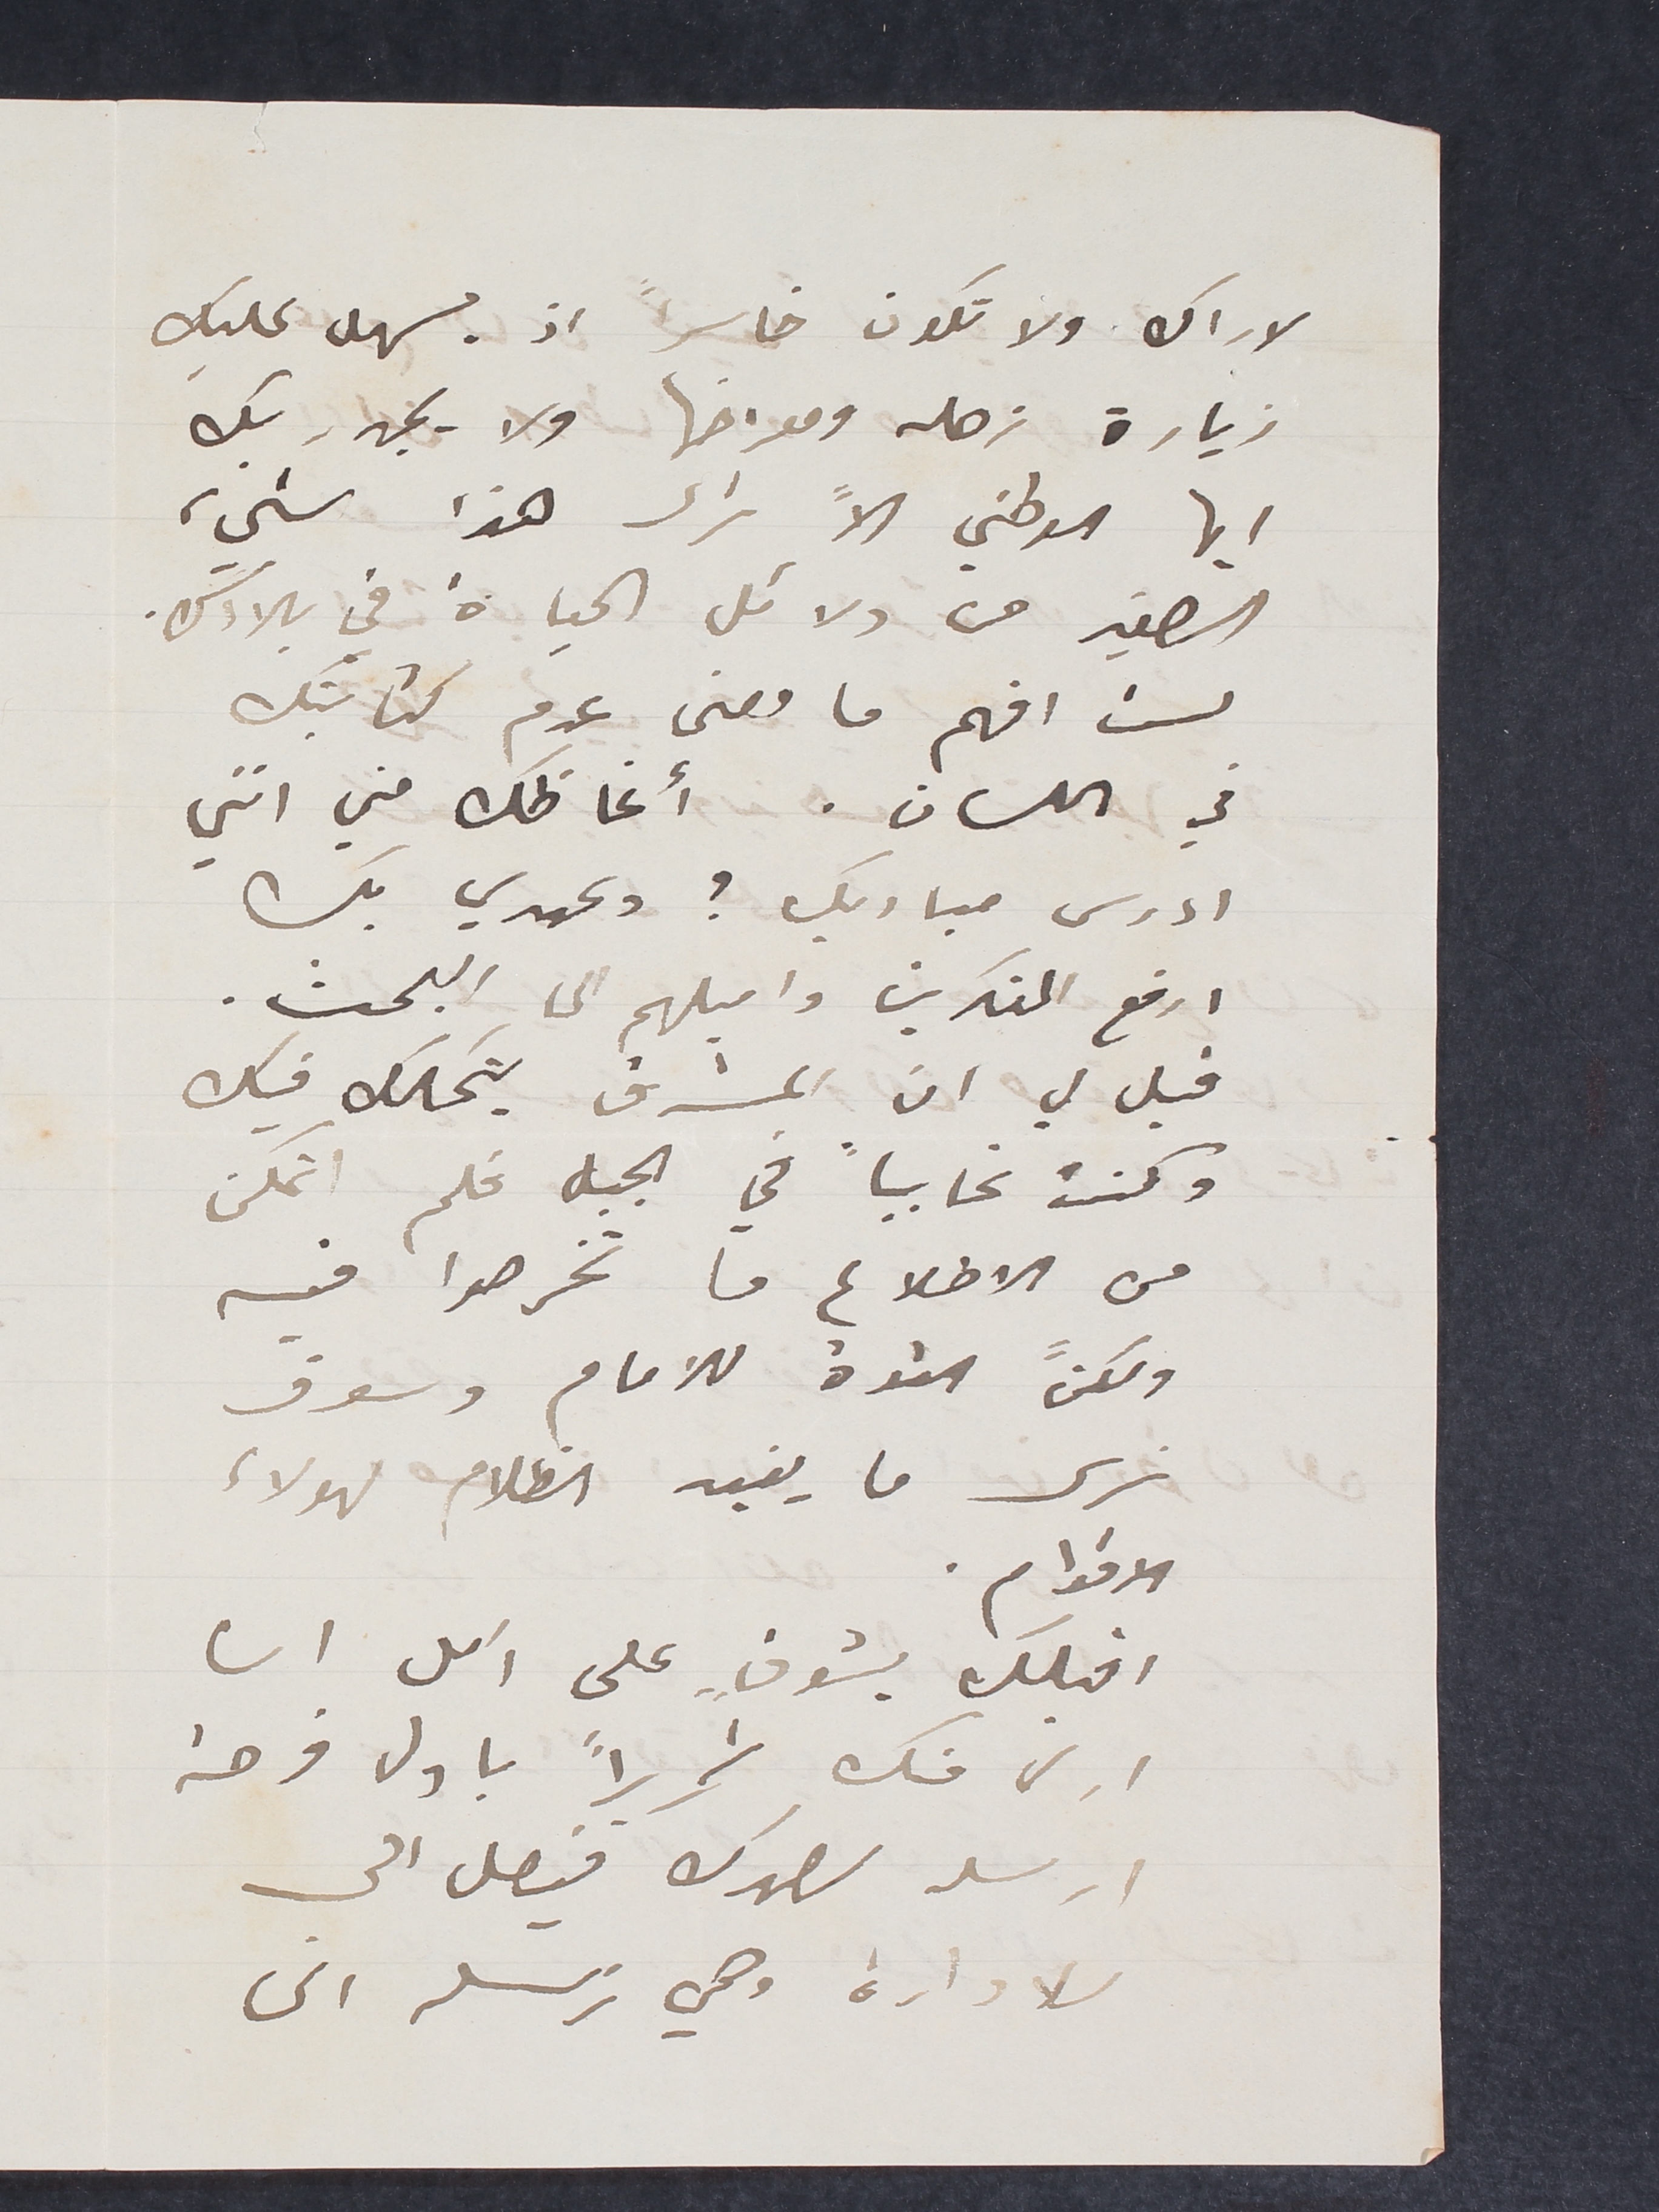
لاراك ولا تكون خاسراً اذ يسهل عليك
زيارة زحله ومعرضها ولا يجدر بك
ايها الوطني الاً ترى هذا شيء
الصغير من دلائل الحياة في بلادك.
لست افهم ما معنى عدم كتابتك
في اللسان. أغاظك مني انني
ادرس مباديك؟ وعهدي بك
ارفع المفكرين واميلهم الى البحث.
قيل لي ان المشرق يتملك فيك
وكنت غايبا في الجبل فلم اتمكن
من الاطلاع ما تخرصوا فيه
ولكنً
 القوة للامام وسوف
نرى ما يفيد الظلام لهولاء
الاقوام.
اقبلك بشوقٍ على امل ان
ارى منك تحريراً باول فرصة
ارسله لصهرك فيصل الى
الادارة وهي ترسله الى